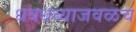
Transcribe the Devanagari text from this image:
धबधब्याजवळच